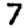
Digit: 7